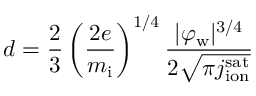
d = { \frac { 2 } { 3 } } \left( { \frac { 2 e } { m _ { \mathrm { i } } } } \right) ^ { 1 / 4 } { \frac { | \varphi _ { \mathrm { w } } | ^ { 3 / 4 } } { 2 { \sqrt { \pi j _ { \mathrm { i o n } } ^ { \mathrm { s a t } } } } } }